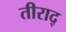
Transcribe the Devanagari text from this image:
तीराद्